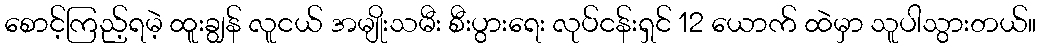
စောင့်ကြည့်ရမဲ့ ထူးချွန် လူငယ် အမျိုးသမီး စီးပွားရေး လုပ်ငန်းရှင် 12 ယောက် ထဲမှာ သူပါသွားတယ်။